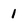
Character: 1